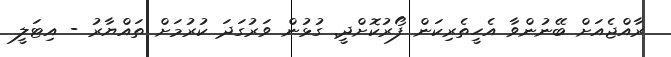
ރާއްޖެއަށް ބޭނުންވާ އެހީތެރިކަން ފޯރުކޮށްދީ